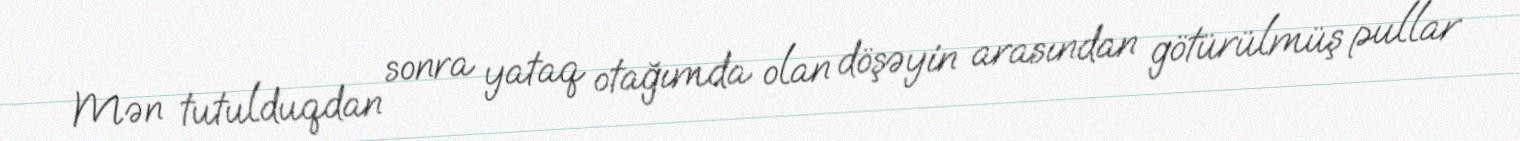
Mən tutulduqdan sonra yataq otağımda olan döşəyin arasından götürülmüş pullar